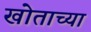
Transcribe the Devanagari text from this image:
खोताच्या